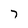
Character: 7